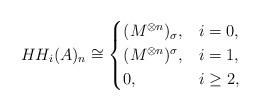
LaTeX: \begin{align*}HH_i(A)_n \cong\begin{cases}(M^{\otimes n})_\sigma, &i = 0,\\(M^{\otimes n})^\sigma, &i = 1,\\0, &i \geq 2,\end{cases}\end{align*}